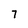
Character: 7